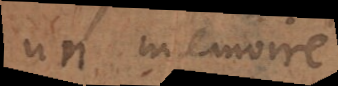
un memoire